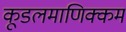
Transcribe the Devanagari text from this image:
कूडलमाणिक्कम